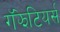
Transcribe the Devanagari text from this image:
गॅझेटियर्स